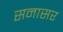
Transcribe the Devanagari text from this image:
सनासर